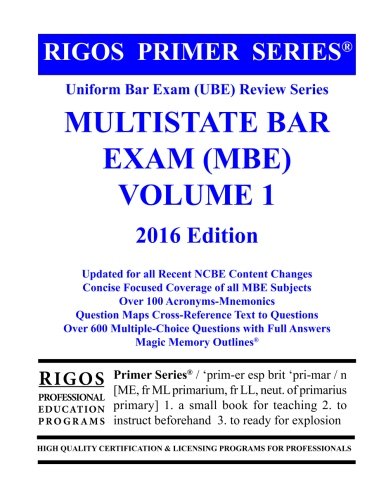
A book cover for Rigos Primer Series Uniform Bar Exam (UBE) Review Series MBE Volume 1: 2016 Edition; Mr. James J. Rigos; Test Preparation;